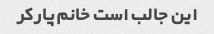
این جالب است خانم پارکر